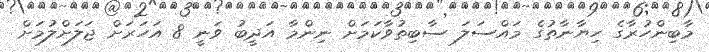
މާބިންހުރާގެ ހިޔާނާތުގެ މައްސަލަ ސާބިތުވާކަމަށް ނިންމާ އަދީބު ވަނީ 8 އަހަރަށް ޖަލަށްލުމަށް